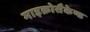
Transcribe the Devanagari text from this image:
माइक्रोसैकेण्ड